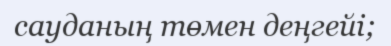
сауданың төмен деңгейі;